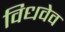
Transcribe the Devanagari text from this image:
विधवेव